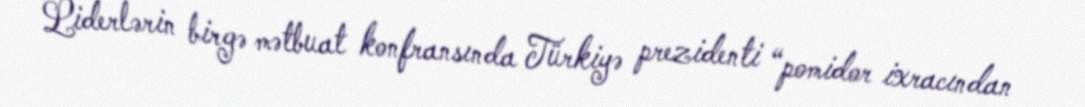
Liderlərin birgə mətbuat konfransında Türkiyə prezidenti “pomidor ixracından